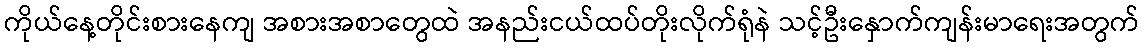
ကိုယ်နေ့တိုင်းစားနေကျ အစားအစာတွေထဲ အနည်းငယ်ထပ်တိုးလိုက်ရုံနဲ သင့်ဦးနှောက်ကျန်းမာရေးအတွက်